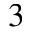
^ 3